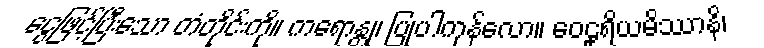
ငွေဖြင့်ပြီးသော တံတိုင်းကို။ ကရောန္တု၊ ပြုပါကုန်လော။ ဝေဠုရိယမိဿာနိ၊